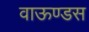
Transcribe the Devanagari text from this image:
वाऊण्डस